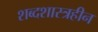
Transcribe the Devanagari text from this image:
शब्दशास्त्रहीन